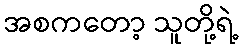
အစကတော့ သူတို့ရဲ့